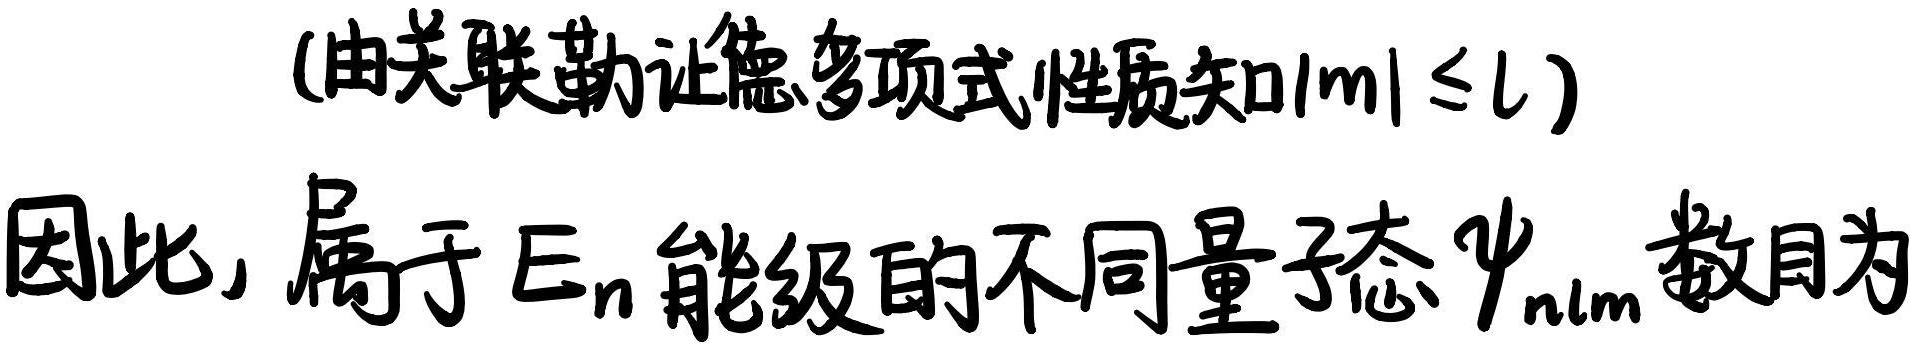
(由关联勒让德多项式性质知$|m|\leq l$)因此, 属于 $E_{n}$ 能级的不同量子态 $\psi_{nlm}$ 数目为